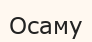
Осаму